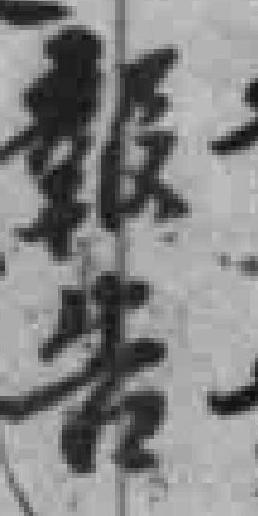
報告